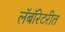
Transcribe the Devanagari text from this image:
लॅबॉरेटरीत